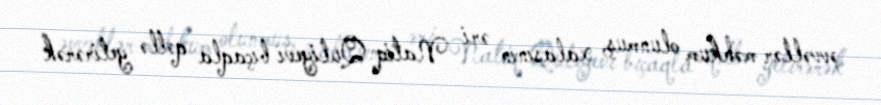
əvvəllər məhkum olunmuş, xalasının əri Natiq Quliyevi bıçaqla qətlə yetirərək